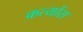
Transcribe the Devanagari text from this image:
कर्त्यास